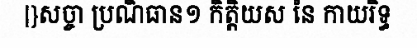
|}សច្ចា ប្រណិធាន១ កិត្តិយស នៃ កាយរិទ្ធ